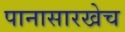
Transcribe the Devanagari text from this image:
पानासारखेच